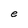
Character: e